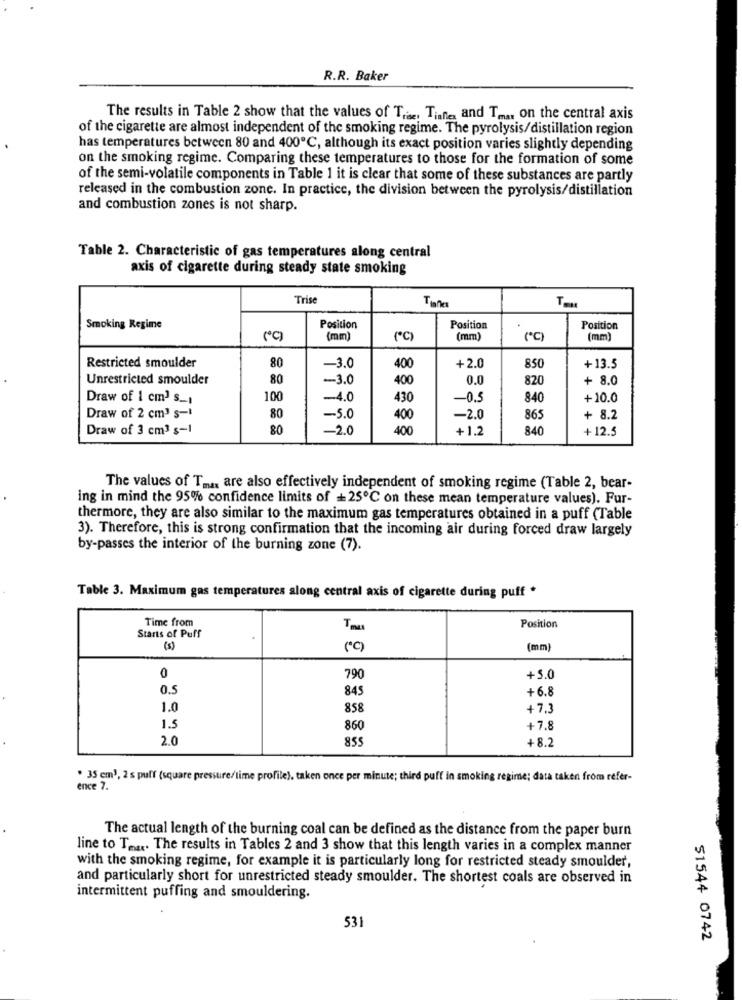
R.R. Baker
The results in Table 2 show that the values of Tr. Tinne, and T .... on the central axis
of the cigarette are almost independent of the smoking regime. The pyrolysis/distillation region
has temperatures between 80 and 400℃, although its exact position varies slightly depending
on the smoking regime. Comparing these temperatures to those for the formation of some
of the semi-volatile components in Table 1 it is clear that some of these substances are partly
released in the combustion zone. In practice, the division between the pyrolysis/distillation
and combustion zones is not sharp.
Table 2. Characteristic of gas temperatures along central
axis of cigarette during steady state smoking
Trise
T ...
Smoking Regime
Position
Position
Position
(*)
(mm)
(*℃)
(mm)
(*℃)
(mm)
Restricted smoulder
80
-3.0
400
+2.0
850
+13.5
Unrestricted smoulder
80
-3.0
400
0.0
820
+ 8.0
Draw of 1 cm3 s_
100
-4.0
430
-0.5
840
+10.0
Draw of 2 cm3 s-1
80
-5.0
400
-2.0
865
+ 8.2
Draw of 3 cm3 s-1
80
-2.0
400
+1.2
840
+ 12.5
The values of T ., are also effectively independent of smoking regime (Table 2, bear-
ing in mind the 95% confidence limits of +25℃ on these mean temperature values). Fur-
thermore, they are also similar to the maximum gas temperatures obtained in a puff (Table
3). Therefore, this is strong confirmation that the incoming air during forced draw largely
by-passes the interior of the burning zone (7).
Table 3. Maximum gas temperatures along central axis of cigarette during puff *
Time from
Tma
Position
Starts of Puff
(s)
(mm)
0
790
+5.0
0.5
845
+6.8
1.0
858
+7.3
1.5
860
+7.8
2.0
855
+8.2
. 35 cm1, 2 s puff (square pressure/lime profile), taken once per minute; third puff in smoking regime; data taken from refer-
ence 7.
The actual length of the burning coal can be defined as the distance from the paper burn
line to Te ... The results in Tables 2 and 3 show that this length varies in a complex manner
with the smoking regime, for example it is particularly long for restricted steady smoulder,
and particularly short for unrestricted steady smoulder. The shortest coals are observed in
intermittent puffing and smouldering.
531
$1544 0742